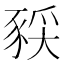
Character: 𫎈